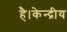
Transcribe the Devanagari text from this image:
है।केन्द्रीय